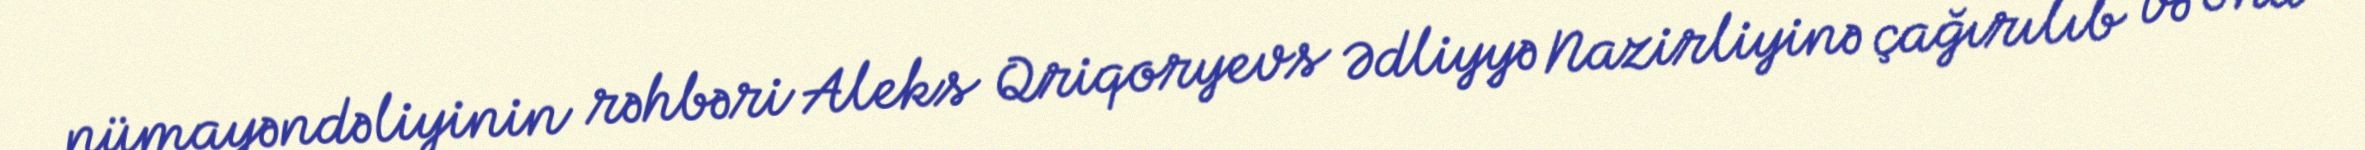
nümayəndəliyinin rəhbəri Aleks Qriqoryevs Ədliyyə Nazirliyinə çağırılıb və ona